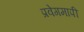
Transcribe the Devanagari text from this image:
प्रवेगमापी